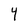
Character: Y